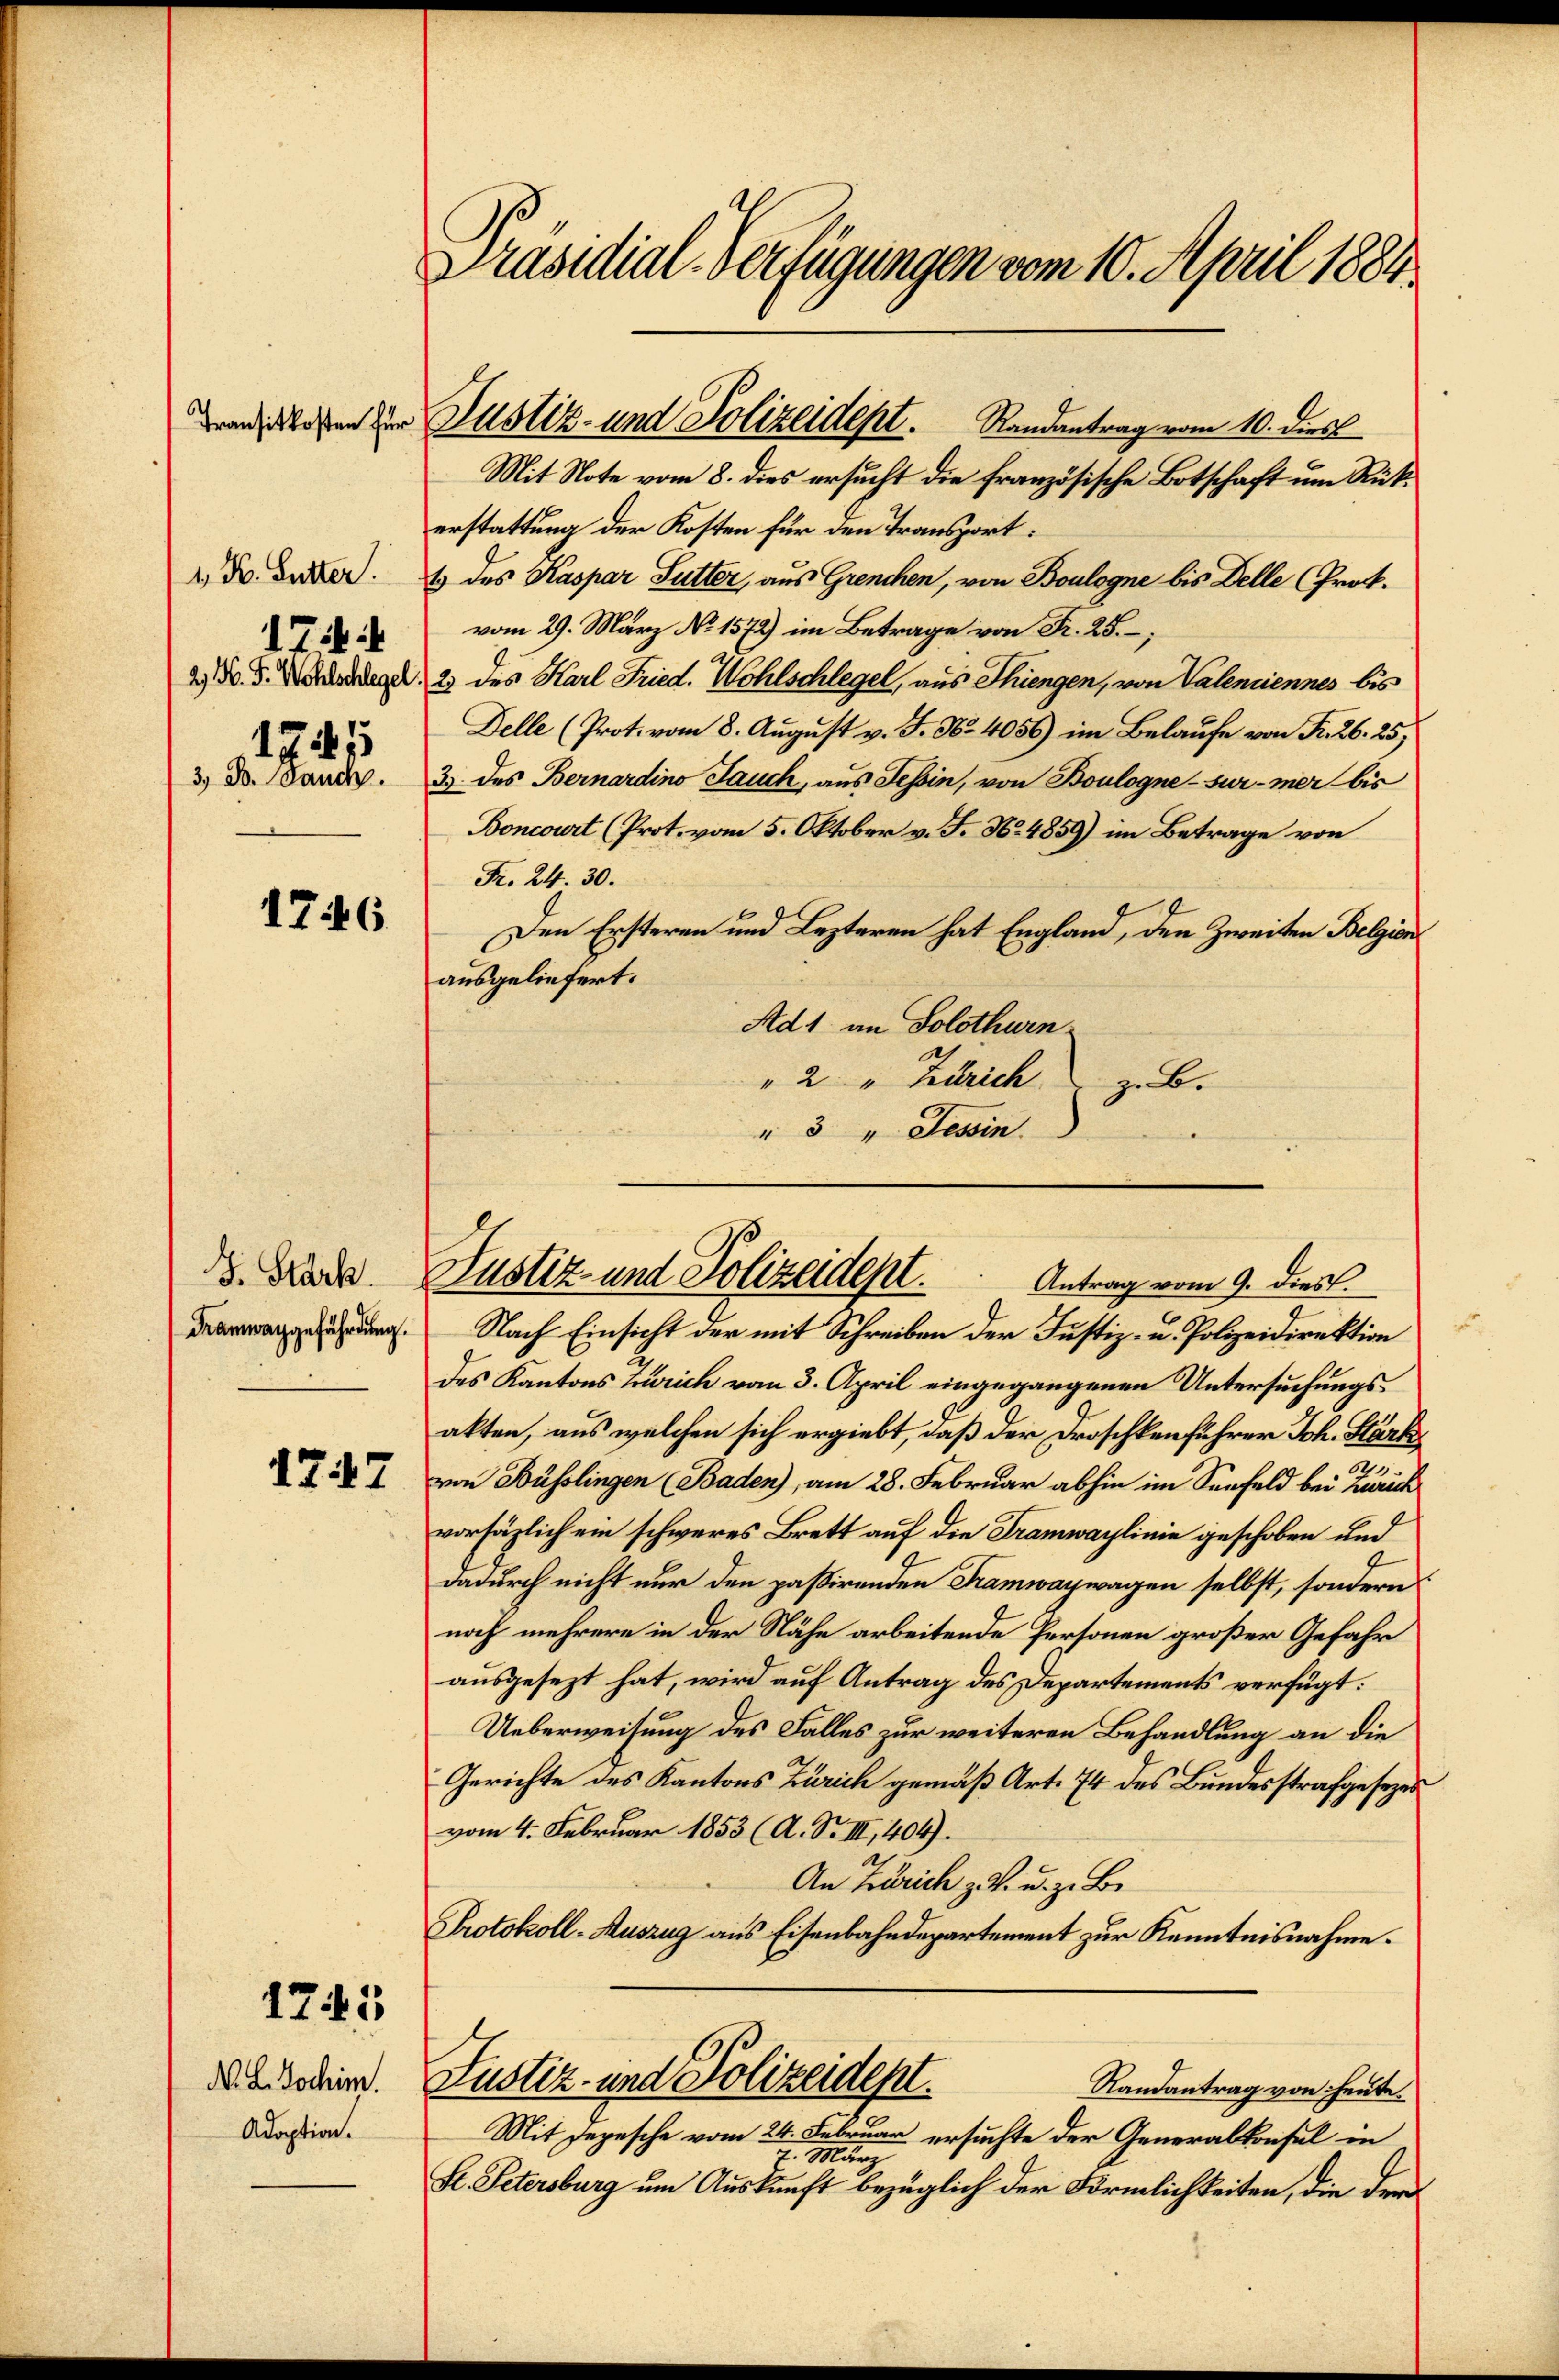
1. K. Lutter.
17:
2) N. F. Wohlschlegel
171
3, Dr. Jauch.

1746

J. Stark.

1717

1741

N. L. Jochim.
Adoption.

d
Präsidial-Verfügungen vom 10. April 1884
.

edten der Justiz- und Polizeidept. Randantrag vom 10. dies

Mit Note vom 8. dies ersucht die französische Botschaft um Rückerstattung der Kosten für den Transport:
1 des Kaspar Sutter, aus Grenchen, von Boulogne bis Delle (Prok.
.
2 des Karl Fried. Wohlschlegel, aus Thiengen, von Valentiennes bis
Delle (Prot. vom 8. August v. J. No. 4056) im Belaufe von Fr. 26. 25
3.) des Bernardino Jauch, aus Tessin, von Boulogne sur mer bis
Boncourt (Prot. vom 5. Oktober v. J. No. 4859) im Betrage von
Fr. 24. 30.
Den Ersteren und Lezteren hat England, den Zweiten Belgien
ausgeliefert.
Ad 1 an Solothurn.
" 2 " Zürich z. B.
" 3 " Tessin.

g. Nach Einsicht der mit Schreiben der Justiz- u. Polizeidirektion
des Kantons Zürich vom 3. April eingegangenen Untersuchungsakten, aus welchen sich ergiebt, daß der Droschkenführer Joh. Stärk
von Büsslingen Baden), am 28. Februar abhin im Senfeld bei Zürich
vorsätzlich ein schweres Brett auf die Tramwaylinie geschoben und
dadurch nicht nur den paßirenden Tramwaywagen selbst, sondern
noch mehrere in der Nähe arbeitende Personen großer Gefahr
ausgesezt hat, wird auf Antrag des Departements verfügt:
Ueberweisung des Falles zur weiteren Behandlung an die
Gerichte des Kantons Zürich gemäß Art. 74 des Bundesstrafgesezes
vom 4. Februar 1853 (A. S. III, 404).
An Zürich z. V. u. z. B.
Protokoll-Auszug aus Eisenbahndepartement zur Kenntnisnahme.
Justiz- und Polizeidept.
Randantrag von heute.
Mit Depesche vom 24. Februar ersuchte der Generalkonsul in
7. Marg
Sl. Petersburg um Auskunft bezüglich der Förmlichkeiten, die der

Justiz- und Polizeident.
Antrag vom 9. dies.